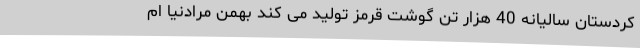
کردستان سالیانه 40 هزار تن گوشت قرمز تولید می کند بهمن مرادنیا ام